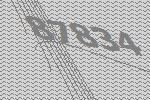
87834